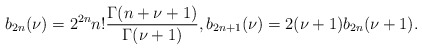
\begin{align*} \displaystyle b_{2n}(\nu)=2^{2n}n!\frac{\Gamma (n+\nu+1)}{\Gamma (\nu+1)},b_{2n+1}(\nu)=2(\nu+1) b_{2n}(\nu+1). \end{align*}